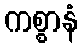
ကစ္စာနံ